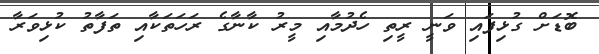
ބޮޑަށް ގުޅިފައި ވަނީ ރީތި ހެދުމާއި މީރު ކާނާގެ ރަހަތަކާއި ތަފާތު ކުޅިވަރާ